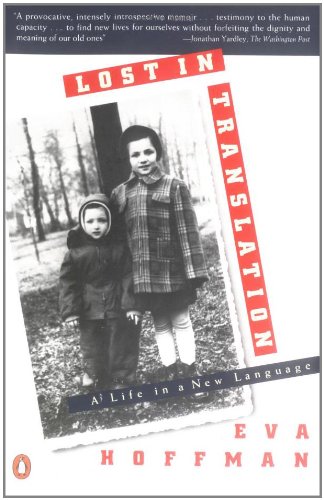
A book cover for Lost in Translation: A Life in a New Language; Eva Hoffman; Biographies & Memoirs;